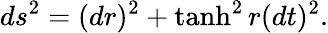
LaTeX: ds^{2}=(dr)^{2}+\operatorname{tanh}^{2}r(dt)^{2}.